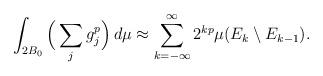
LaTeX: \begin{align*}\int_{2B_0}\Big(\sum_j g_j^p\Big)\,d\mu\approx\sum_{k=-\infty}^{\infty}2^{kp}\mu(E_k\setminus E_{k-1}).\end{align*}